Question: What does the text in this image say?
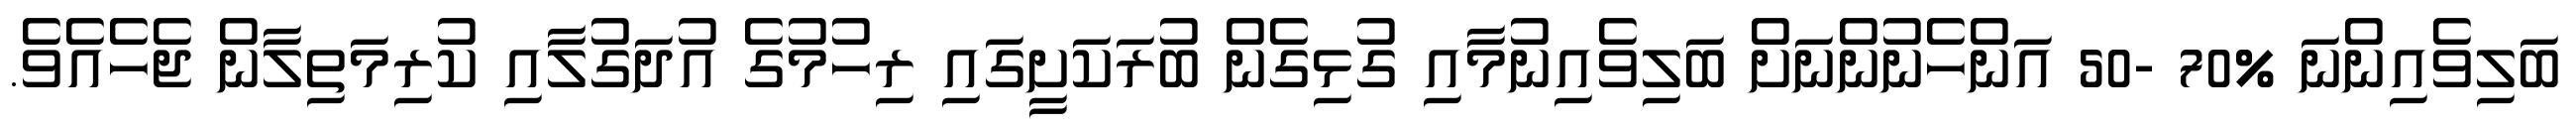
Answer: ބަލިވެއިންނަ %70 -50 އަންހެނުންނަށް ބަލިވެއިނުމާއި ގުޅިގެން ބުރަކަށީގައި ރިހުމުގެ އުދަގުލާއި ކުރިމަތިލާން ޖެހެއެވެ.